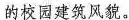
的校园建筑风貌。